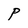
Character: P